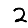
Digit: 2